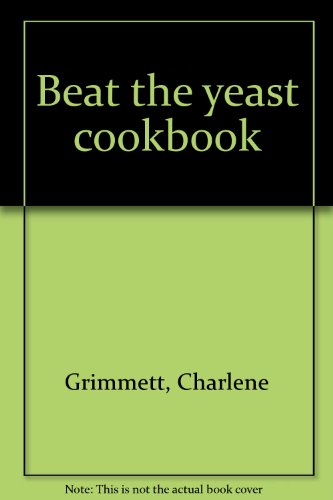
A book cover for Beat the yeast cookbook; Charlene Grimmett; Health, Fitness & Dieting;